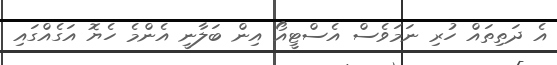
އެ ދަތިތައް ހުރި ނަމަވެސް އެސްޓީއޯ އިން ބަލާނީ އެންމެ ހެޔޮ އަގެއްގައި